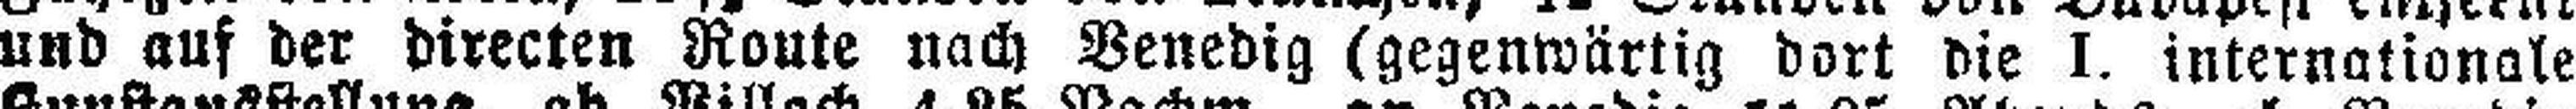
und auf der directen Route nach Venedig (gegenwärtig dort die I. internationale